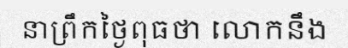
នាព្រឹកថ្ងៃពុធថា លោកនឹង